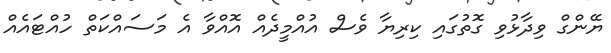
ޔޭންގް ވިދާޅުވި ގޮތުގައި ކިރިޔާ ވެސް އުއްމީދެއް އޮއްވާ އެ މަސައްކަތް ހުއްޓައެއް